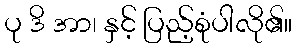
ပု ဒိ အာ၊ နှင့် ပြည့်စုံပါလို၏။